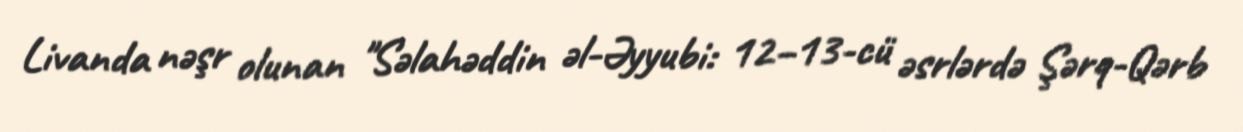
Livanda nəşr olunan "Səlahəddin əl-Əyyubi: 12–13-cü əsrlərdə Şərq-Qərb